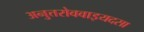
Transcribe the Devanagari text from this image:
अनुत्तरोववाइयदसा